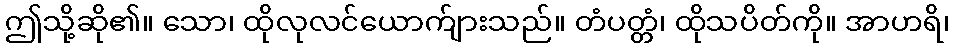
ဤသို့ဆို၏။ သော၊ ထိုလုလင်ယောက်ျားသည်။ တံပတ္တံ၊ ထိုသပိတ်ကို။ အာဟရိ၊